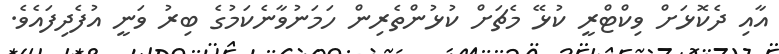
އާއި ދެކޮޅަށް ވިކްޓްރީ ކުޅޭ މެޗަށް ކުޅުންތެރިން ހަމަނުވާނެކަމުގެ ބިރު ވަނީ އުފެދިފައެވެ.